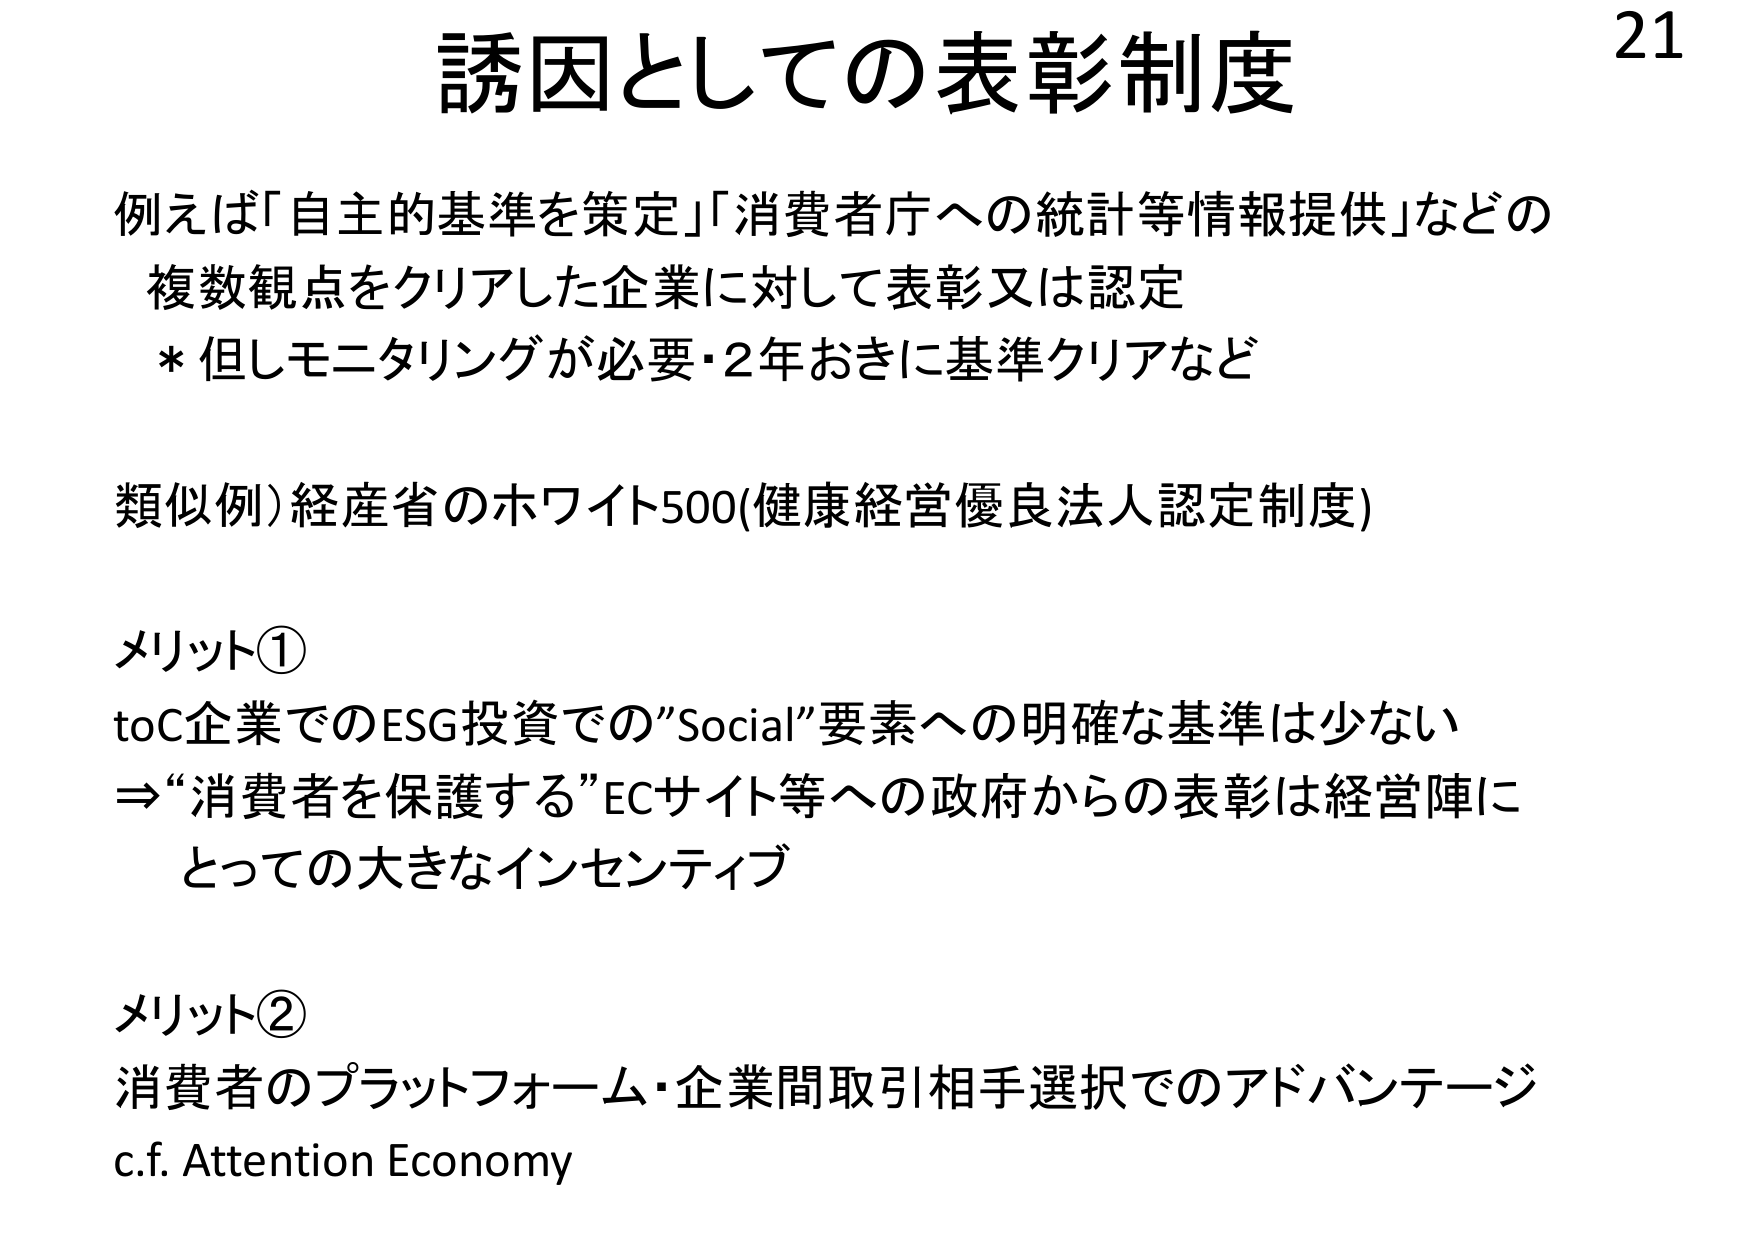
誘因としての表彰制度

例えば「自主的基準を策定」「消費者庁への統計等情報提供」などの
複数観点をクリアした企業に対して表彰又は認定
* 但しモニタリングが必要・2年おきに基準クリアなど

類似例）経産省のホワイト500（健康経営優良法人認定制度）

メリット①
toC企業でのESG投資での”Social”要素への明確な基準は少ない
⇒“消費者を保護する”ECサイト等への政府からの表彰は経営陣に
とっての大きなインセンティブ

メリット②
消費者のプラットフォーム・企業間取引相手選択でのアドバンテージ
c.f. Attention Economy

21